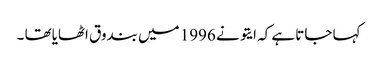
کہا جاتا ہے کہ ایتو نے 1996 میں بندوق اٹھایاتھا ۔